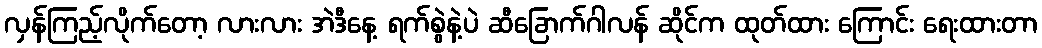
လှန်ကြည့်လိုက်တော့ လားလား အဲဒီနေ့ ရက်စွဲနဲ့ပဲ ဆီခြောက်ဂါလန် ဆိုင်က ထုတ်ထား ကြောင်း ရေးထားတာ